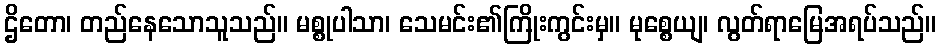
ဌိတော၊ တည်နေသောသူသည်။ မစ္စုပါသာ၊ သေမင်း၏ကြိုးကွင်းမှ။ မုစ္စေယျ၊ လွတ်ရာမြေအရပ်သည်။